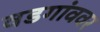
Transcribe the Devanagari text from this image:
वडगांववर